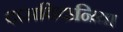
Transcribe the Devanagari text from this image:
दासविदानिया